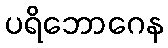
ပရိဘောဂေန